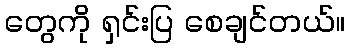
တွေကို ရှင်းပြ စေချင်တယ်။